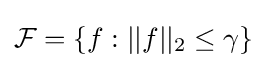
{\mathcal {F}}=\{f:||f||_{2}\leq \gamma \}